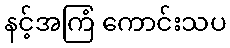
နင့်အကြံ ကောင်းသပ